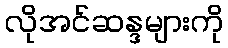
လိုအင်ဆန္ဒများကို